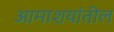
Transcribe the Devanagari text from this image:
आमाशयांतील